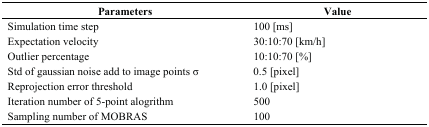
| Parameters | Value |
 | --- | --- |
 | Simulation time step | 100 [ms] |
 | Expectation velocity | 30:10:70 [km/h] |
 | Outlier percentage | 10:10:70 [%] |
 | Std of gaussian noise add to image points σ | 0.5 [pixel] |
 | Reprojection error threshold | 1.0 [pixel] |
 | Iteration number of 5-point alogrithm | 500 |
 | Sampling number of MOBRAS | 100 |